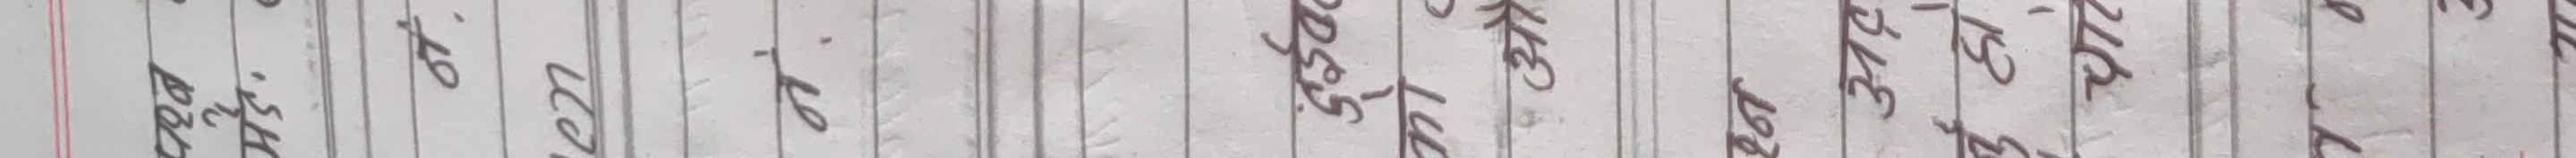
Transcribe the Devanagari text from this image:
पश्न .
en
नं.
दुईवट
को
औ
C
श्न
अद
र्नु हो
212
e